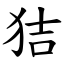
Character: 狤